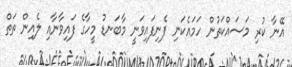
އޭނާ ކުރި މަސައްކަތުން ހަމައެކަނި ފެނިފައިވަނީ މާބަނޑު މީހާގެ ފައިވާނާއި ލެއިން ތަތް